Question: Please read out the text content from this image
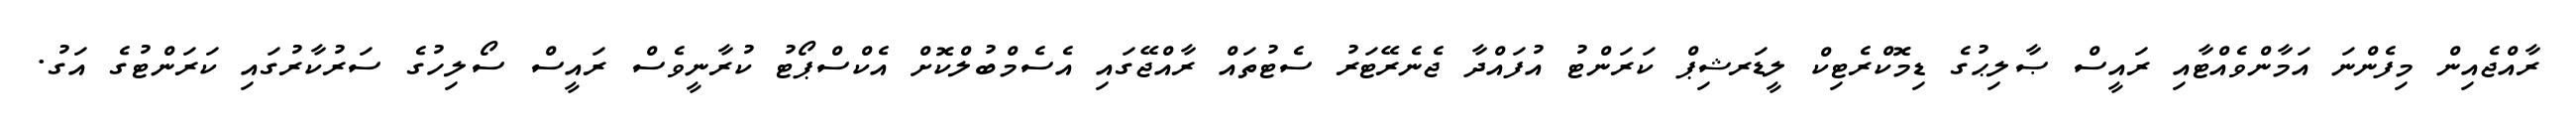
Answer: ރާއްޖެއިން މިފެންނަ އަމާންވެއްޓާއި ރައީސް ޞާލިޙުގެ ޑިމޮކްރެޓިކް ލީޑަރޝިޕް ކަރަންޓު އުފައްދާ ޖެނެރޭޓަރު ސެޓުތައް ރާއްޖޭގައި އެސެމްބުލްކޮށް އެކްސްޕޯޓު ކުރާނީވެސް ރައީސް ސޯލިހުގެ ސަރުކާރުގައި ކަރަންޓުގެ އަގު.